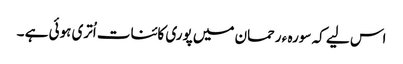
اس لیے کہ سورہ ء رحمان میں پوری کائنات اُتری ہوئی ہے ۔